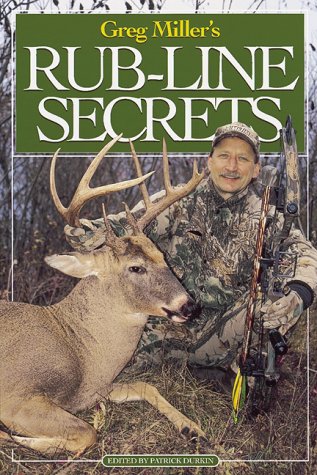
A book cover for Rub-Line Secrets; Greg Miller; Sports & Outdoors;